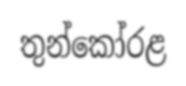
තුන්කෝරළ